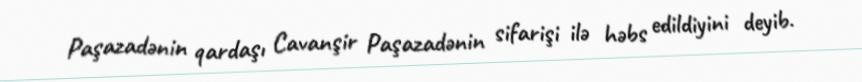
Paşazadənin qardaşı Cavanşir Paşazadənin sifarişi ilə həbs edildiyini deyib.